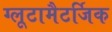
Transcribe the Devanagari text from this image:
ग्लूटामैटर्जिक